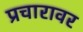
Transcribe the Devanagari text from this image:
प्रचारावर